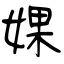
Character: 婐